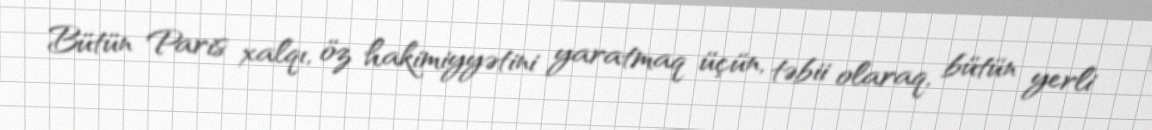
Bütün Paris xalqı, öz hakimiyyətini yaratmaq üçün, təbii olaraq, bütün yerli